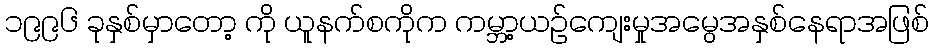
၁၉၉၆ ခုနှစ်မှာတော့ ကို ယူနက်စကိုက ကမ္ဘာ့ယဉ်ကျေးမှုအမွေအနှစ်နေရာအဖြစ်